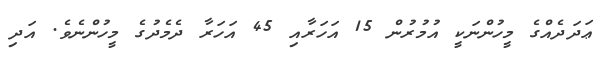
ޢަދަދެއްގެ މީހުންނަކީ އުމުރުން 15 އަހަރާއި 45 އަހަރާ ދެމެދުގެ މީހުންނެވެ. އަދި